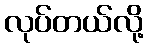
လုပ်တယ်လို့